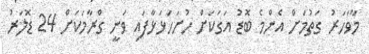
މާވަހަރު ގަތުމަށް އެންމެ ބޮޑު އަގަކަށް ހުށަހަޅަޅާފައި ވަނީ ގްރާމަކަށް 24 ޑޮލަރު